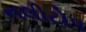
નલીટોપ